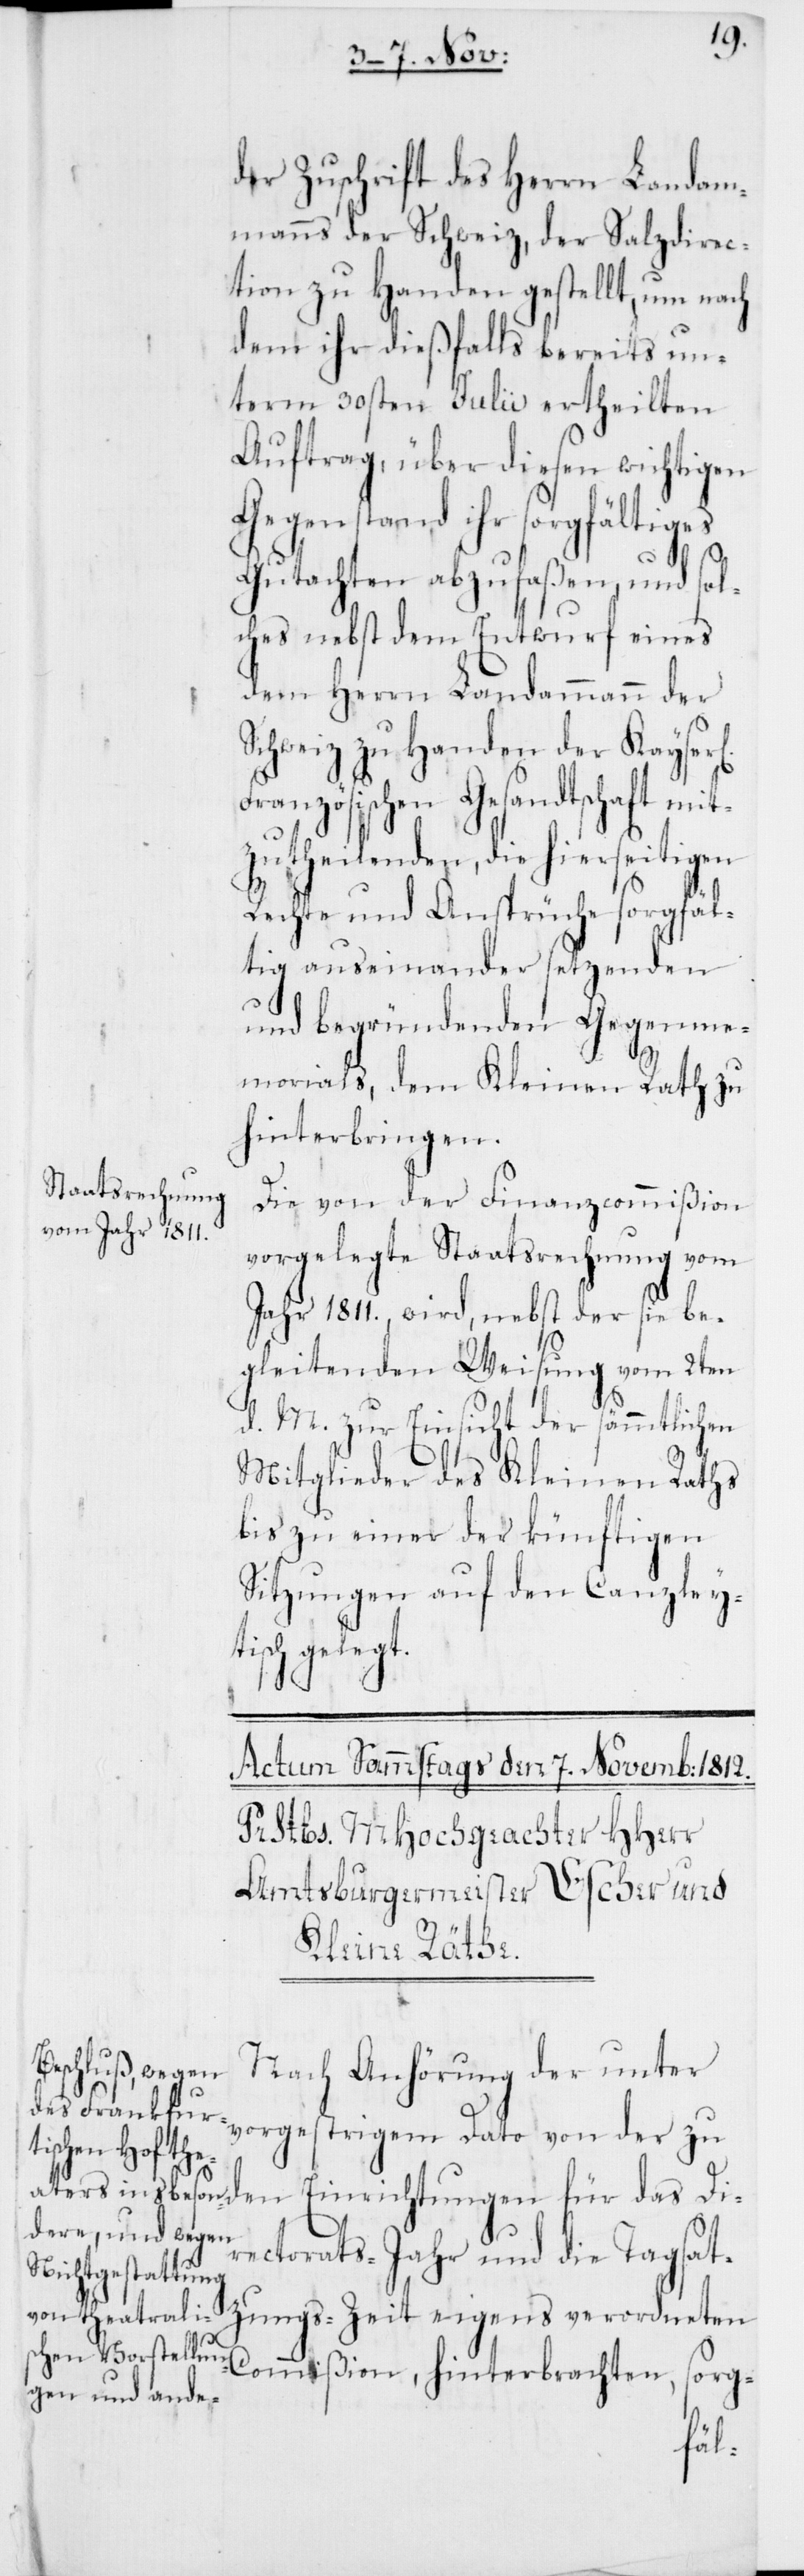
der Zuschrift des Herrn Landam¬
manns der Schweiz, der Salzdirec¬
tion zu Handen gestellt, um nach
dem ihr dießfalls bereits un¬
term 30sten Julii ertheilten
Auftrag, über diesen wichtigen
Gegenstand ihr sorgfältiges
Gutachten abzufaßen, und sol¬
ches nebst dem Entwurf eines
dem Herrn Landammann der
Schweiz zu Handen der Kayser¬
ranzösischen Gesandtschaft mit¬
zutheilenden, die hierseitigen
Rechte und Ansprüche sorgfäl¬
tig auseinander setzenden
und begründenden Gegenme¬
morials, dem Kleinen Rath zu
hinterbringen.
Die von der Finanzcommißion
vorgelegte Staatsrechnung vom
Jahr 1811. wird, nebst der sie be¬
gleitenden Weisung vom 2ten
d. M., zur Einsicht der sämmtlichen
Mitglieder des Kleinen Raths
bis zu einer der künftigen
Sitzungen auf den Canzleyt¬
isch gelegt.
Nach Anhörung der unter
vorgestrigem Dato von der zu
den Einrichtungen für das Di¬
rectorats-Jahr und die Tagsat¬
zungs-Zeit eigens verordneten
Commißion, hinterbrachten, sorg-
h]-F¬